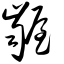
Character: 龌